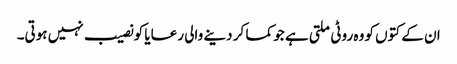
ان کے کتوں کو وہ روٹی ملتی ہے جو کما کر دینے والی رعایا کو نصیب نہیں ہوتی۔